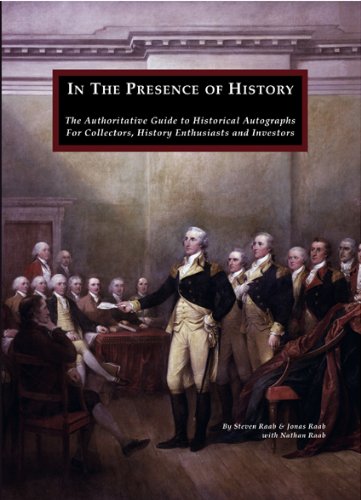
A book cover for In The Presence of History: The Authoritative Guide to Historical Autographs For Collectors, History Enthusiasts and Investors; Steven Raab; Crafts, Hobbies & Home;